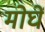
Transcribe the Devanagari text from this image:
मोघें